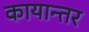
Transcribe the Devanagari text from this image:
कायान्तर